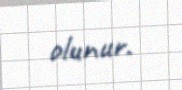
olunur.